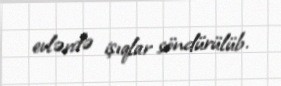
evlərdə işıqlar söndürülüb.